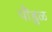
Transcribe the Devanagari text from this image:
पौंडुळ